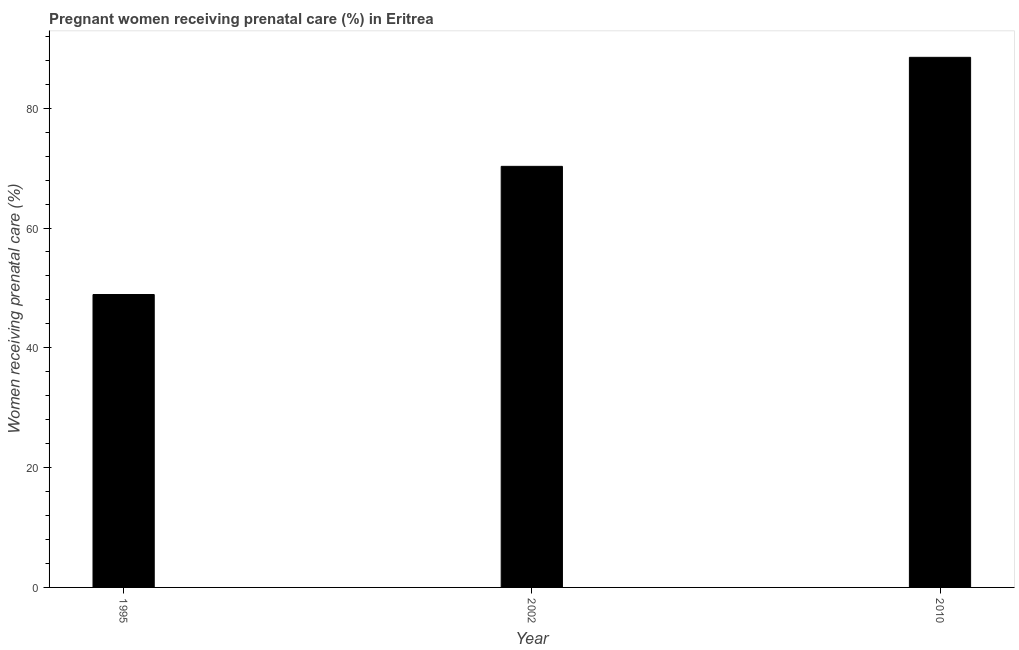
| Year | Pregnant women receiving prenatal care |
 | --- | --- |
 | 1995 | 48.9 |
 | 2002 | 70.3 |
 | 2010 | 88.5 |